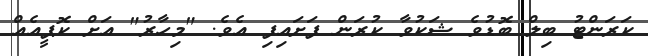
ކަރަންޓު ބިލް ބޮޑުވެ ޝަކުވާ ކުރަން ފަށައިފި އެވެ. "މިހާރު" އަށް ކޮޕީއެއް